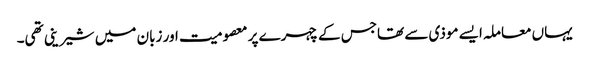
یہاں معاملہ ایسے موذی سے تھاجس کے چہرے پر معصومیت اور زبان میں شیرینی تھی۔